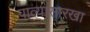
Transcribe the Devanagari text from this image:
पात्यासारखा